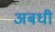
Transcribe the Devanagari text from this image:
अबधी